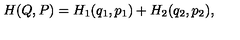
H ( Q , P ) = H _ { 1 } ( q _ { 1 } , p _ { 1 } ) + H _ { 2 } ( q _ { 2 } , p _ { 2 } ) ,